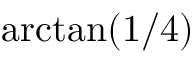
\arctan ( 1 / 4 )